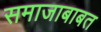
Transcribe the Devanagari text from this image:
समाजाबाबत